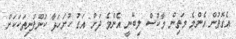
އެގޮތުން އެންމެ މަތިން މާކްސް ލިބޭނީ އެންމެ ދަށް އަގު ހުށަހަޅާ ކުންފުނިތަކަކަށް